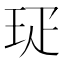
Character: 㺼